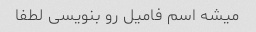
میشه اسم فامیل رو بنویسی لطفا